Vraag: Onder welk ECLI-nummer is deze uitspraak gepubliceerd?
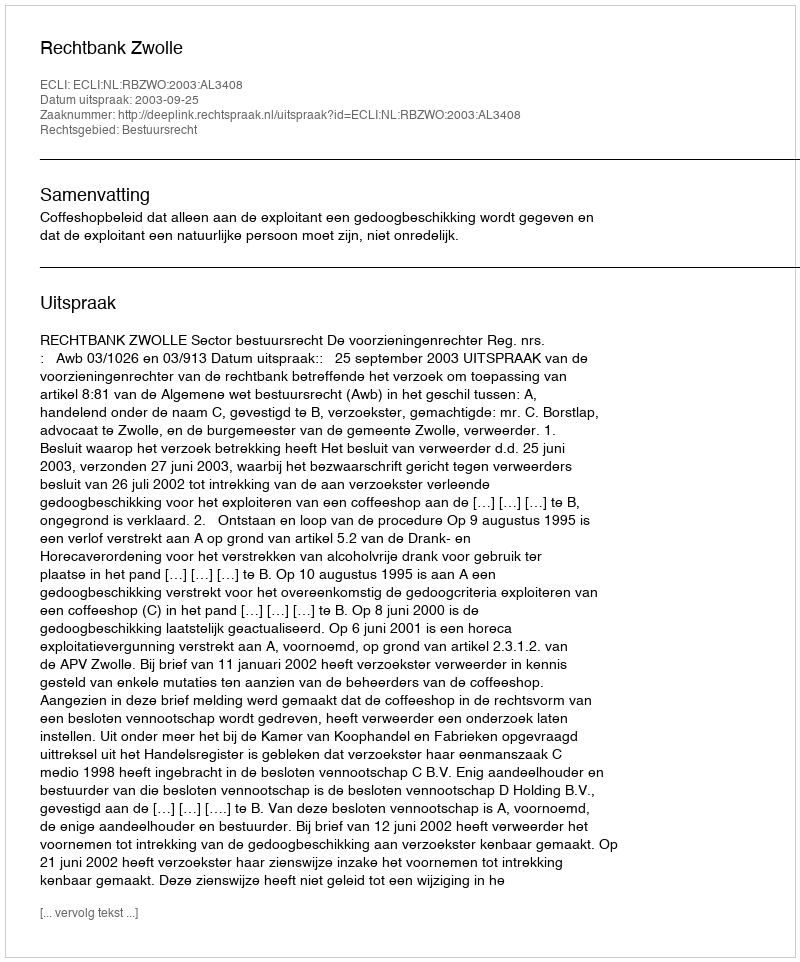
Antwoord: ECLI:NL:RBZWO:2003:AL3408